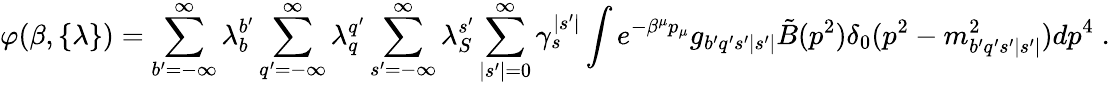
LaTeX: \varphi(\beta,\{ \lambda\} )=\sum_{b^{\prime}=-\infty}^{\infty}\lambda_{b}^{b^{\prime}}\sum_{q^{\prime}=-\infty}^{\infty}\lambda_{q}^{q^{\prime}}\sum_{s^{\prime}=-\infty}^{\infty}\lambda_{S}^{s^{\prime}}\sum_{|s^{\prime}|=0}^{\infty}\gamma_{s}^{|s^{\prime}|}\int e^{-\beta^{\mu}p_{\mu}}g_{b^{\prime}q^{\prime}s^{\prime}|s^{\prime}|}\tilde{B}(p^{2})\delta_{0}(p^{2}-m_{b^{\prime}q^{\prime}s^{\prime}|s^{\prime}|}^{2})dp^{4}\; .